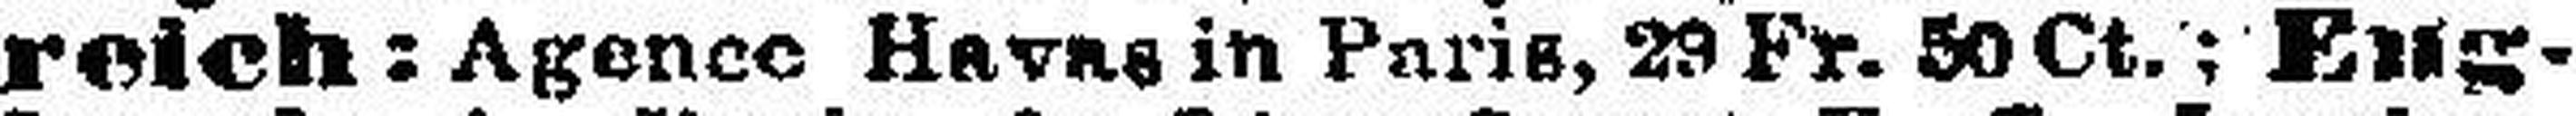
reich: Agence Havas in Paris, 29 Fr. 50 Ct.; Eng¬